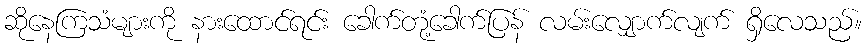
ဆိုနေကြသံများကို နားထောင်ရင်း ခေါက်တုံ့ခေါက်ပြန် လမ်းလျှောက်လျက် ရှိလေသည်။